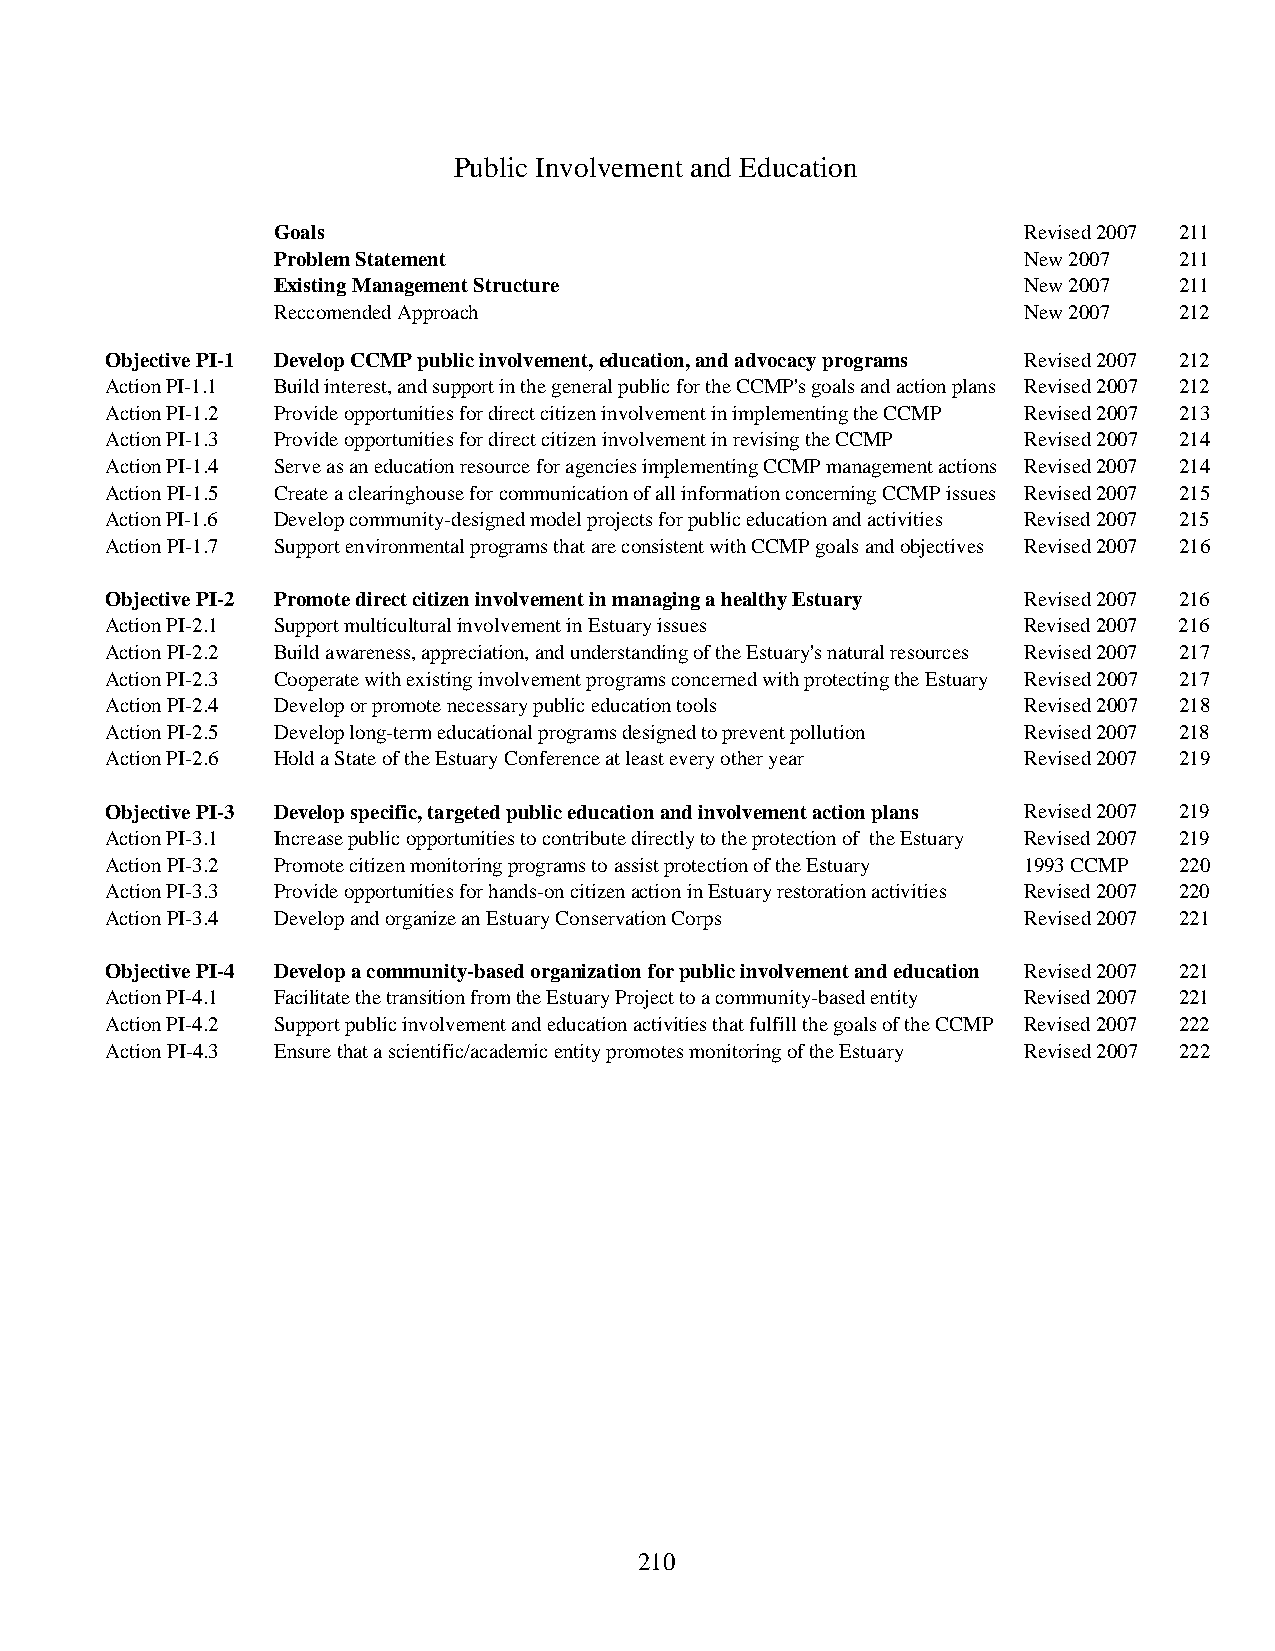
Public Involvement and Education
 Goals                                             Revised 2007 211
 Problem Statement                                 New 2007  211
 Existing Management Structure                     New 2007  211
 Reccomended Approach                              New 2007  212
 Objective PI-1 Develop CCMP public involvement, education, and advocacy programs Revised 2007 212
 Action PI-1.1 Build interest, and support in the general public for the CCMP's goals and action plans Revised 2007 212
 Action PI-1.2 Provide opportunities for direct citizen involvement in implementing the CCMP Revised 2007 213
 Action PI-1.3 Provide opportunities for direct citizen involvement in revising the CCMP Revised 2007 214
 Action PI-1.4 Serve as an education resource for agencies implementing CCMP management actions Revised 2007 214
 Action PI-1.5 Create a clearinghouse for communication of all information concerning CCMP issues Revised 2007 215
 Action PI-1.6 Develop community-designed model projects for public education and activities Revised 2007 215
 Action PI-1.7 Support environmental programs that are consistent with CCMP goals and objectives Revised 2007 216
 Objective PI-2 Promote direct citizen involvement in managing a healthy Estuary Revised 2007 216
 Action PI-2.1 Support multicultural involvement in Estuary issues Revised 2007 216
 Action PI-2.2 Build awareness, appreciation, and understanding of the Estuary's natural resources Revised 2007 217
 Action PI-2.3 Cooperate with existing involvement programs concerned with protecting the Estuary Revised 2007 217
 Action PI-2.4 Develop or promote necessary public education tools Revised 2007 218
 Action PI-2.5 Develop long-term educational programs designed to prevent pollution Revised 2007 218
 Action PI-2.6 Hold a State of the Estuary Conference at least every other year Revised 2007 219
 Objective PI-3 Develop specific, targeted public education and involvement action plans Revised 2007 219
 Action PI-3.1 Increase public opportunities to contribute directly to the protection of the Estuary Revised 2007 219
 Action PI-3.2 Promote citizen monitoring programs to assist protection of the Estuary 1993 CCMP 220
 Action PI-3.3 Provide opportunities for hands-on citizen action in Estuary restoration activities Revised 2007 220
 Action PI-3.4 Develop and organize an Estuary Conservation Corps Revised 2007 221
 Objective PI-4 Develop a community-based organization for public involvement and education Revised 2007 221
 Action PI-4.1 Facilitate the transition from the Estuary Project to a community-based entity Revised 2007 221
 Action PI-4.2 Support public involvement and education activities that fulfill the goals of the CCMP Revised 2007 222
 Action PI-4.3 Ensure that a scientific/academic entity promotes monitoring of the Estuary Revised 2007 222
 210